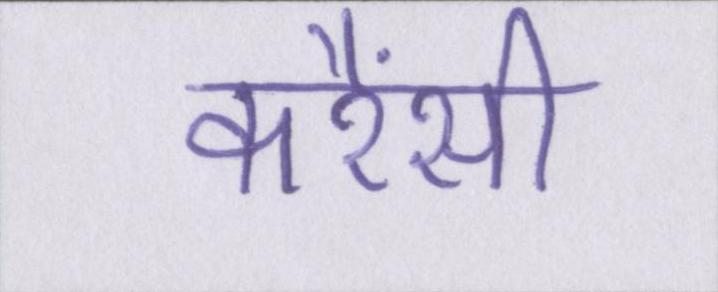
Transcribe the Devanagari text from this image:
करैंसी